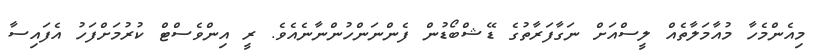
މިއެންމެހާ މުއާމަލާތެއް ލީސްއަށް ނަގާފަރާތުގެ ޑޭޝްބޯޑުން ފެންނަންހުންނާނެެއެވެ. ރީ އިންވެސްޓް ކުރުމަށްފަހު އެފައިސާ